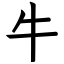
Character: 牛